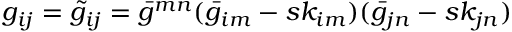
g _ { i j } = \tilde { g } _ { i j } = \bar { g } ^ { m n } ( \bar { g } _ { i m } - s k _ { i m } ) ( \bar { g } _ { j n } - s k _ { j n } )